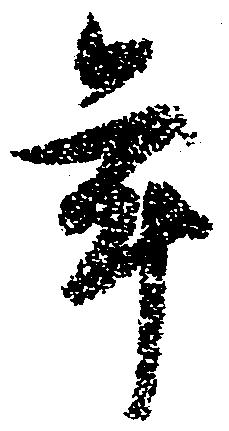
年